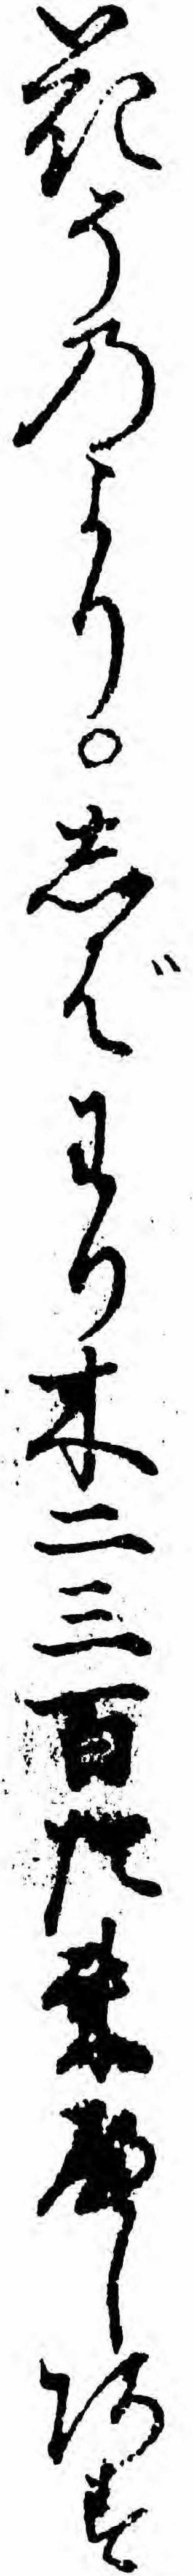
花そのよりしばわり木二三百た来へしあす